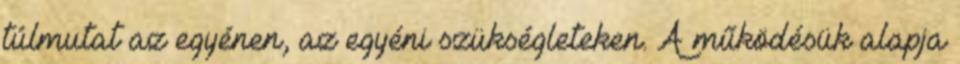
túlmutat az egyénen, az egyéni szükségleteken. A működésük alapja